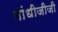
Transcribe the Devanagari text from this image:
गांधीजीजी